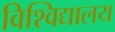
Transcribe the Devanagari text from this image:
विश्‍विद्यालय